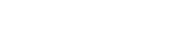
ထိုသို့မဟုတ်လျှင်